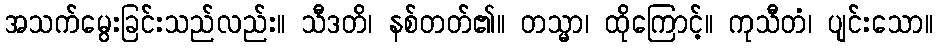
အသက်မွေးခြင်းသည်လည်း။ သီဒတိ၊ နစ်တတ်၏။ တသ္မာ၊ ထိုကြောင့်။ ကုသီတံ၊ ပျင်းသော။